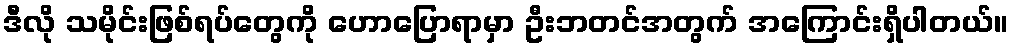
ဒီလို သမိုင်းဖြစ်ရပ်တွေကို ဟောပြောရာမှာ ဦးဘတင်အတွက် အကြောင်းရှိပါတယ်။